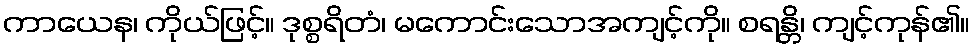
ကာယေန၊ ကိုယ်ဖြင့်။ ဒုစ္စရိတံ၊ မကောင်းသောအကျင့်ကို။ စရန္တိ၊ ကျင့်ကုန်၏။